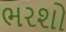
ભરશો